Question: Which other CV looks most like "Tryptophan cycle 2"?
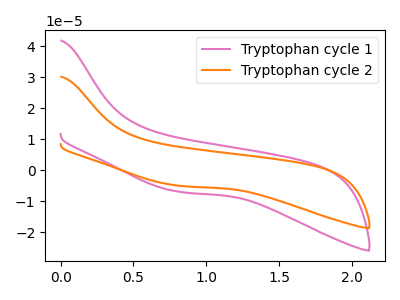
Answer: <think>The pink curve "Tryptophan cycle 1" has no peaks. The orange curve "Tryptophan cycle 2" has no peaks.
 Neither "Tryptophan cycle 1" or "Tryptophan cycle 2" have any peaks.</think>
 <answer>The CV with the most similar shape to "Tryptophan cycle 1" is "Tryptophan cycle 2".</answer>
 <eval>"Tryptophan cycle 2"</eval>